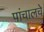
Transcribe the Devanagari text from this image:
पांचालचे